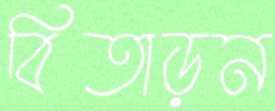
বিতাড়ন